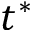
t ^ { * }